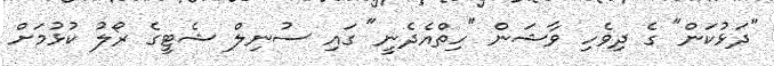
"ދަޅުކަން" ގެ ދިވެހި ވާޝަން "ހިތްއެދެނީ" ގައި ސުނިލް ޝެޓީގެ ރޯލު ކުޅުމަށް